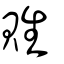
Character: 貹